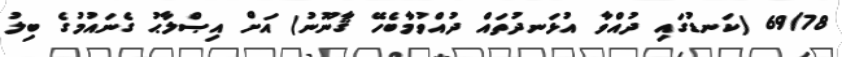
69/78 (ކަނޑުގައި ދުއްވާ އުޅަނދުތައް ދުއްވުމާބެހޭ ޤާނޫނު) އަށް އިޞްލާޙު ގެނައުމުގެ ބިލު